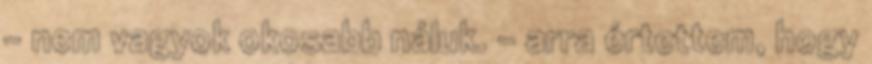
- nem vagyok okosabb náluk. - arra értettem, hogy